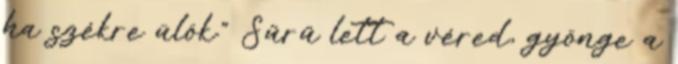
ha székre ülök." Sűrű lett a véred, gyönge a